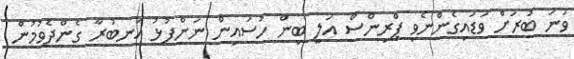
ވަނަ ބުރަށް ވަޑައިގެންނެވި ޕްރިންސް އަލީ ބިން ހުސައިން ނަންފުޅު އަނބުރާ ގެންދެވުމުން